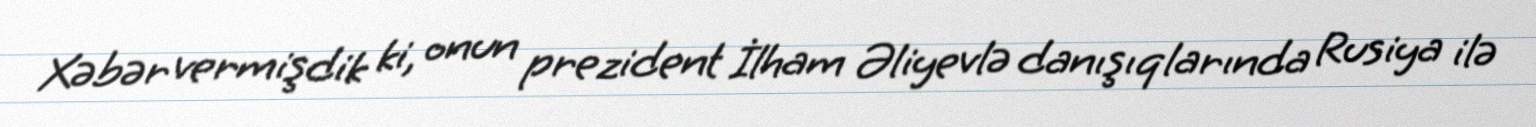
Xəbər vermişdik ki, onun prezident İlham Əliyevlə danışıqlarında Rusiya ilə